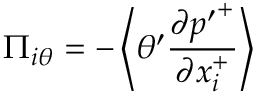
\Pi _ { i \theta } = - \left< \theta ^ { \prime } \frac { \partial { p ^ { \prime } } ^ { + } } { \partial x _ { i } ^ { + } } \right>